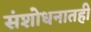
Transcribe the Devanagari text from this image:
संशोधनातही